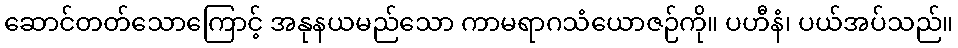
ဆောင်တတ်သောကြောင့် အနုနယမည်သော ကာမရာဂသံယောဇဉ်ကို။ ပဟီနံ၊ ပယ်အပ်သည်။